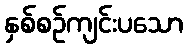
နှစ်စဉ်ကျင်းပသော